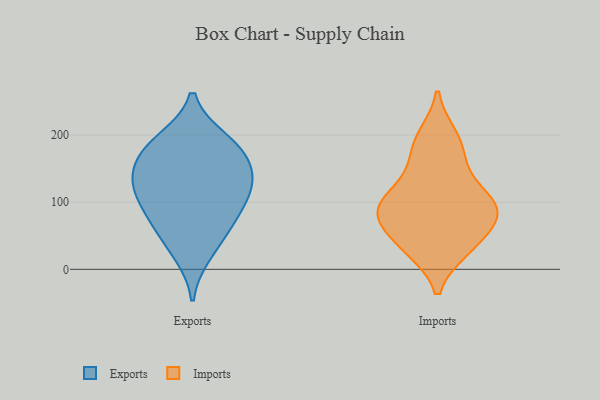
{"axis": {"x": "Website Visitors", "y": "Value"}, "legend": ["Exports", "Imports"], "data": [{"x": "", "y": 119, "type": "Exports"}, {"x": "", "y": 163, "type": "Exports"}, {"x": "", "y": 138, "type": "Exports"}, {"x": "", "y": 23, "type": "Exports"}, {"x": "", "y": 169, "type": "Exports"}, {"x": "", "y": 111, "type": "Exports"}, {"x": "", "y": 56, "type": "Exports"}, {"x": "", "y": 190, "type": "Exports"}, {"x": "", "y": 71, "type": "Exports"}, {"x": "", "y": 91, "type": "Exports"}, {"x": "", "y": 133, "type": "Exports"}, {"x": "", "y": 193, "type": "Exports"}, {"x": "", "y": 80, "type": "Imports"}, {"x": "", "y": 90, "type": "Imports"}, {"x": "", "y": 187, "type": "Imports"}, {"x": "", "y": 92, "type": "Imports"}, {"x": "", "y": 94, "type": "Imports"}, {"x": "", "y": 99, "type": "Imports"}, {"x": "", "y": 157, "type": "Imports"}, {"x": "", "y": 198, "type": "Imports"}, {"x": "", "y": 30, "type": "Imports"}, {"x": "", "y": 72, "type": "Imports"}, {"x": "", "y": 30, "type": "Imports"}, {"x": "", "y": 129, "type": "Imports"}, {"x": "", "y": 44, "type": "Imports"}]}